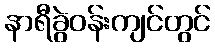
နာရီခွဲဝန်းကျင်တွင်